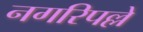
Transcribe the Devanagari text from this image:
नगरिपल्ले